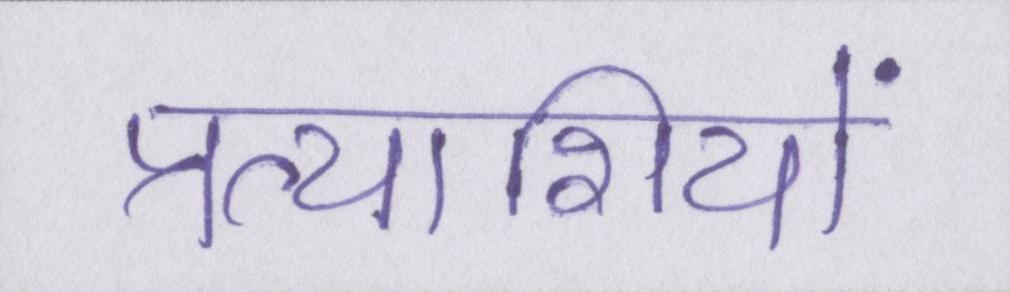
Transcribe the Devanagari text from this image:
प्रत्याशियों